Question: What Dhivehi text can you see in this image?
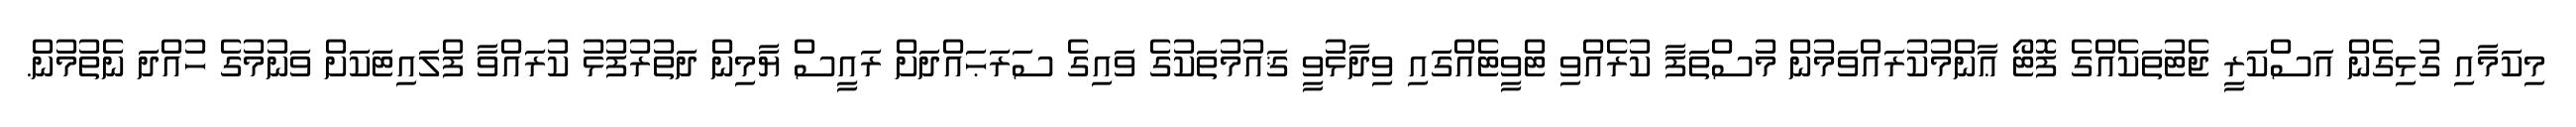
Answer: މިކަމާއި ގުޅިގެން އަސްކަރީ ޖެޓުތަކެއްގެ ފޮޓޯ ޢާންމުކުރައްވަމުން މުސްތަފާ ކުރެއްވި ޓްވީޓެއްގައި ވިދާޅުވީ ޤައުމުތަކުގެ ވައިގެ ސަރަޙައްދަށް ރައީސް ޔާމިން ދަތުރުފުޅު ކުރައްވާ ފްލައިޓަކަށް ވަނުމުގެ ހުއްދަ ނެތުމުން.